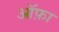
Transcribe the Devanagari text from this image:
ऑफ़ा